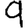
Digit: 9